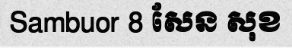
Sambuor 8 សែន សុខ